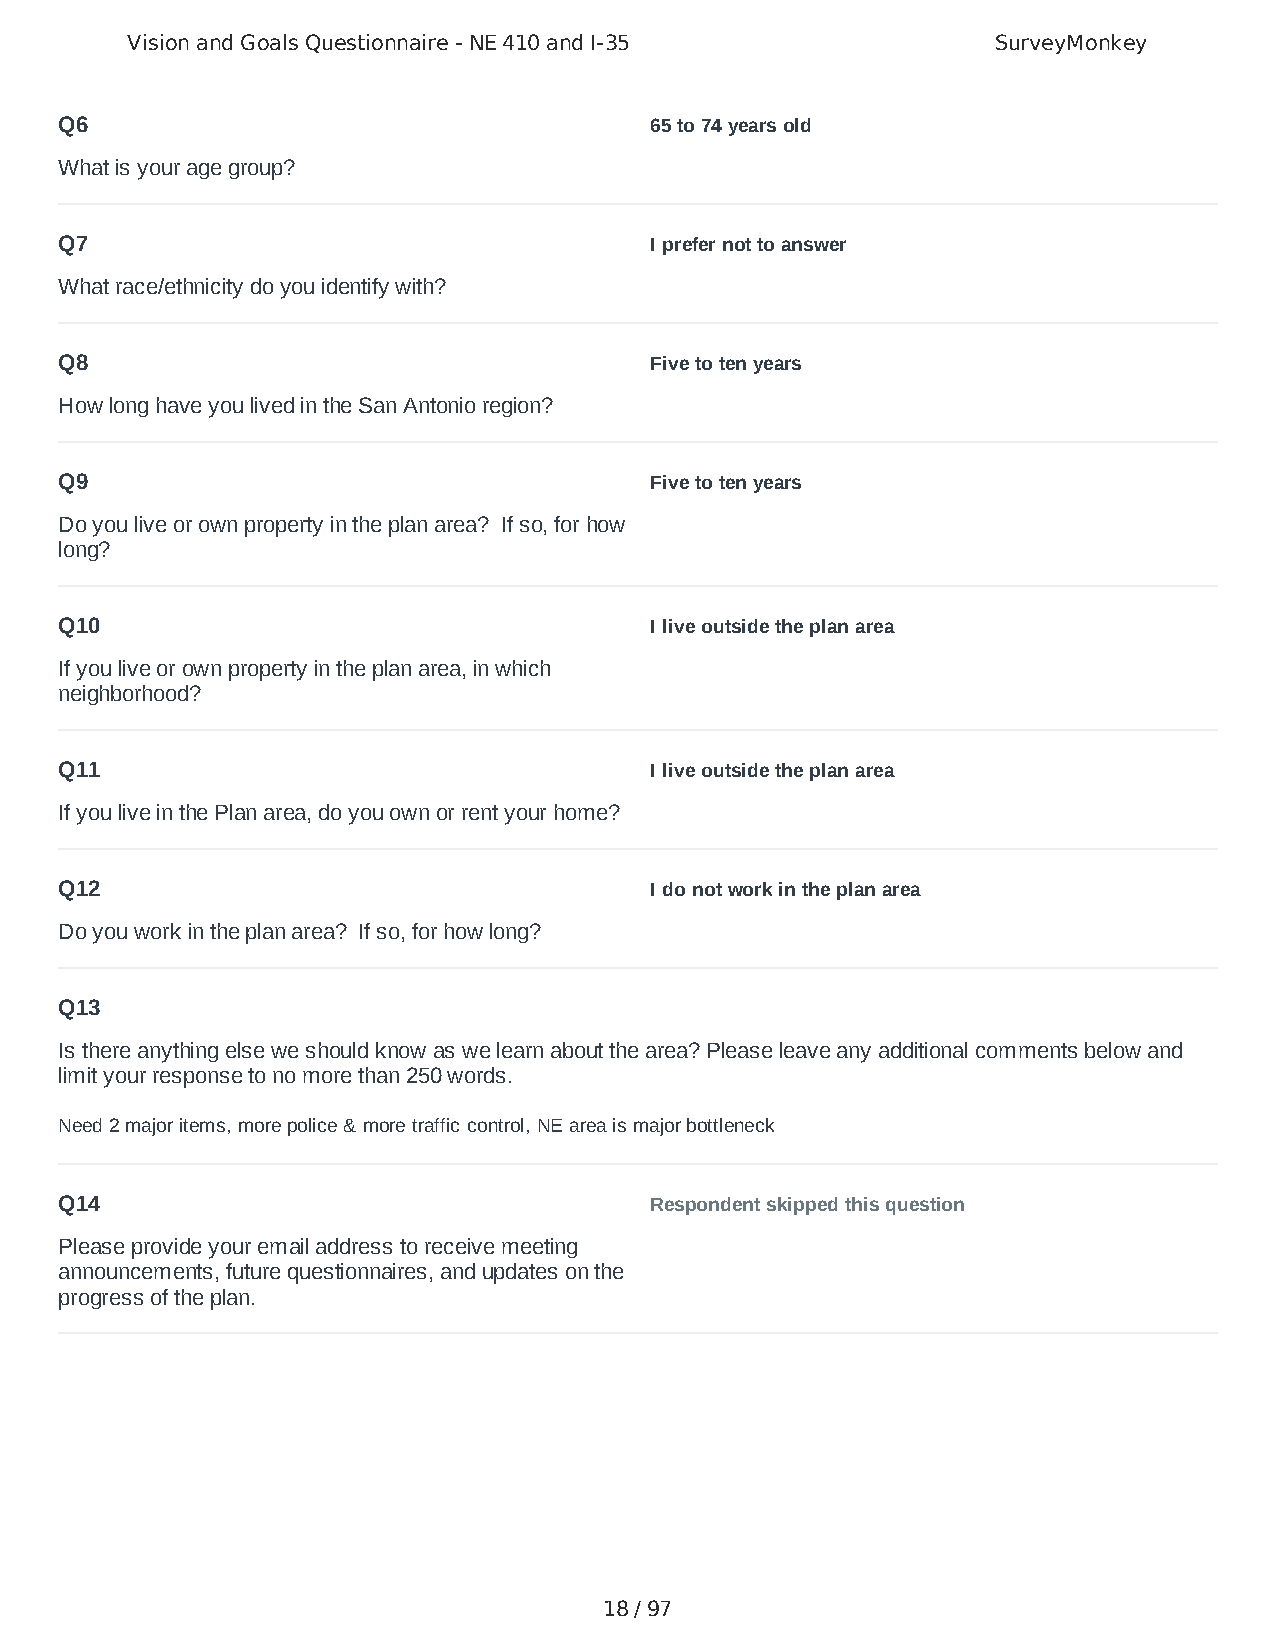
Vision and Goals Questionnaire - NE 410 and I-35          SurveyMonkey
 Q6                                     65 to 74 years old
 What is your age group?
 Q7                                     I prefer not to answer
 What race/ethnicity do you identify with?
 Q8                                     Five to ten years
 How long have you lived in the San Antonio region?
 Q9                                     Five to ten years
 Do you live or own property in the plan area? If so, for how
 long?
 Q10                                    I live outside the plan area
 If you live or own property in the plan area, in which
 neighborhood?
 Q11                                    I live outside the plan area
 If you live in the Plan area, do you own or rent your home?
 Q12                                    I do not work in the plan area
 Do you work in the plan area? If so, for how long?
 Q13
 Is there anything else we should know as we learn about the area? Please leave any additional comments below and
 limit your response to no more than 250 words.
 Need 2 major items, more police & more traffic control, NE area is major bottleneck
 Q14                                    Respondent skipped this question
 Please provide your email address to receive meeting
 announcements, future questionnaires, and updates on the
 progress of the plan.
 18 / 97